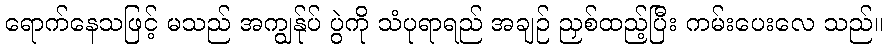
ရောက်နေသဖြင့် မသည် အကျွန်ုပ် ပွဲကို သံပုရာရည် အချဉ် ညှစ်ထည့်ပြီး ကမ်းပေးလေ သည်။